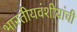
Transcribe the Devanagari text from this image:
भारतीयवंशीयांची